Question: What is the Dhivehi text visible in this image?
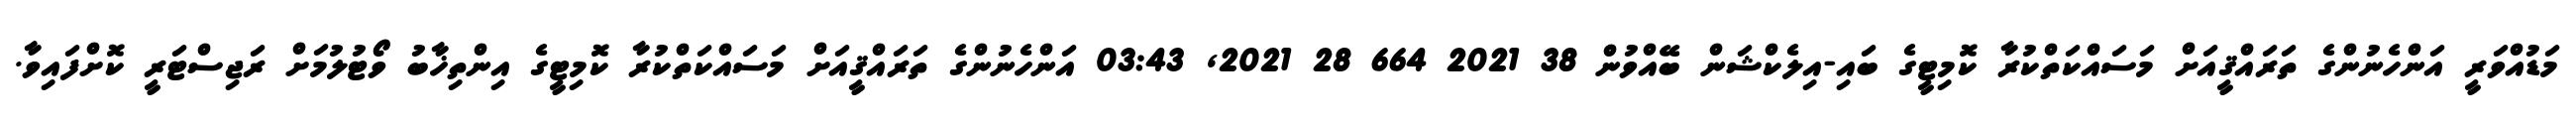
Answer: މަޑުއްވަރީ އަންހެނުންގެ ތަރައްޤީއަށް މަސައްކަތްކުރާ ކޮމިޓީގެ ބައި-އިލެކްޝަން ބޭއްވުން 38 2021 664 28 2021, 03:43 އަންހެނުންގެ ތަރައްޤީއަށް މަސައްކަތްކުރާ ކޮމިޓީގެ އިންތިޚާބު ވޯޓުލުމަށް ރަޖިސްޓަރީ ކޮށްފައިވާ.